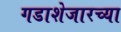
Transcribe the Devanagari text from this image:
गडाशेजारच्या